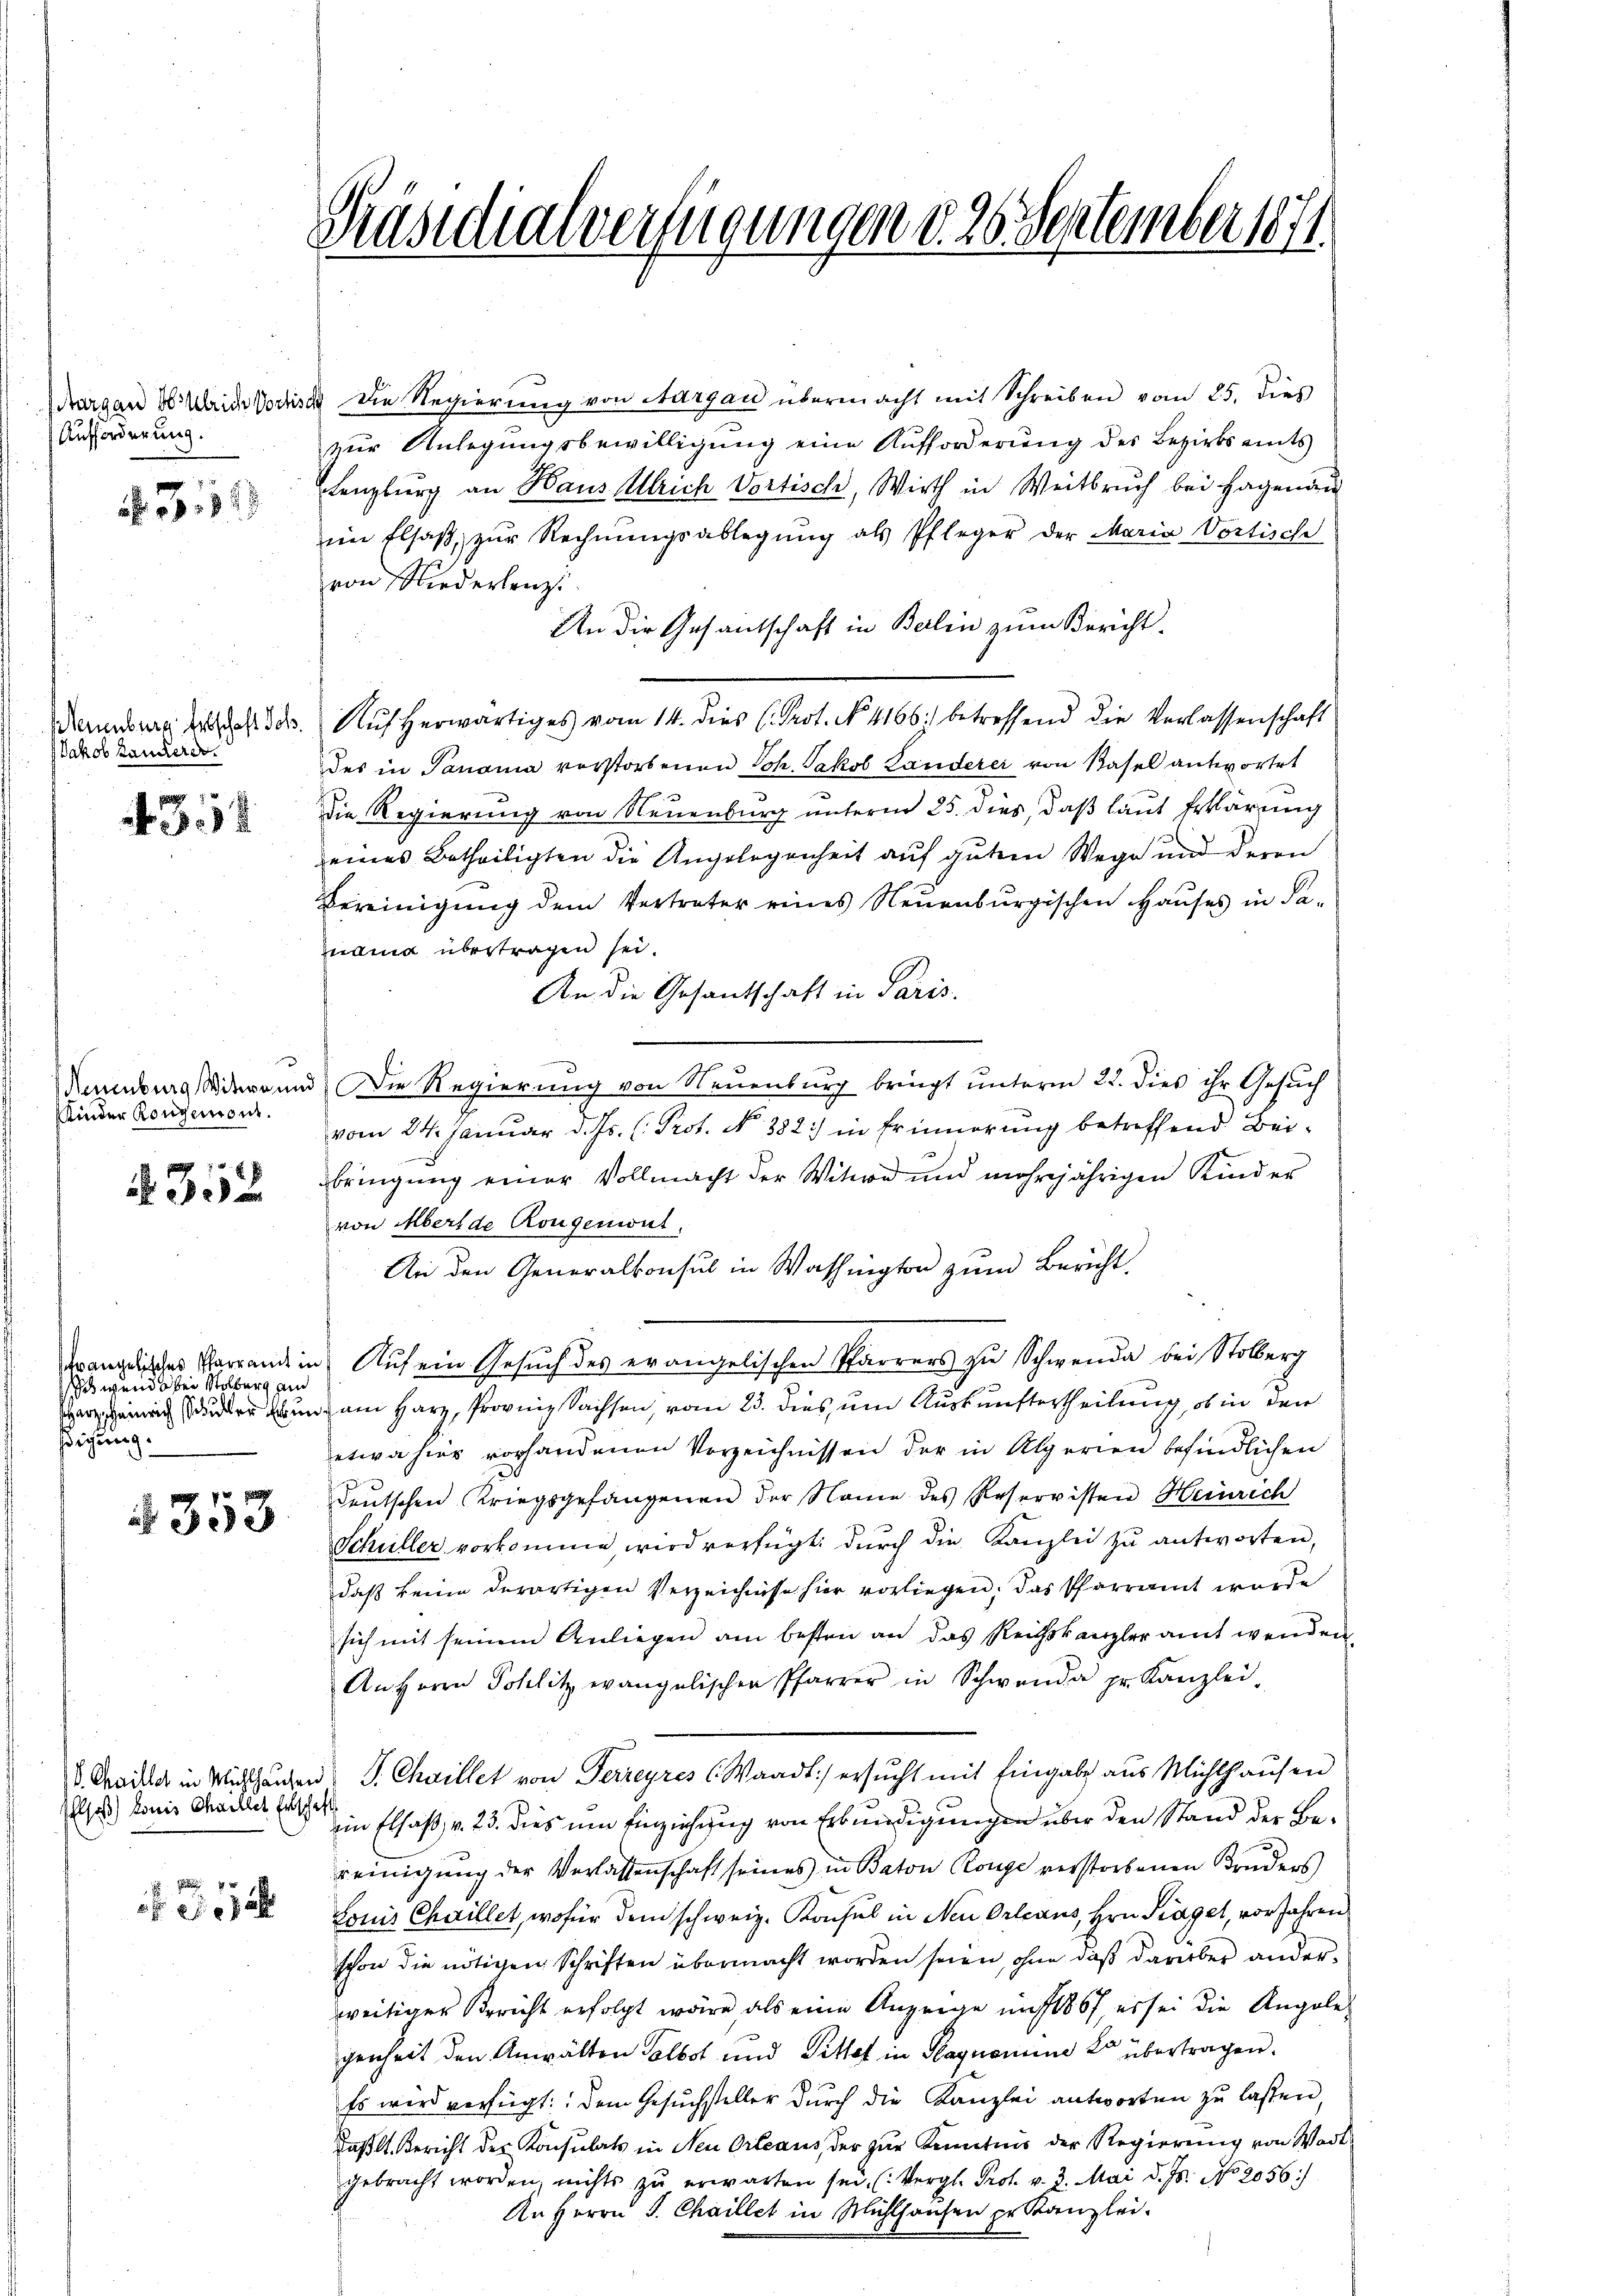
Aargau Sulrich Vortis
Aufforderung.

311

euenburg Erbschaft Joh.
Jakob Landere

3

F
Neuenburg Witwe und
Kinder Kongemont.

352

eswunde bei Stolberg und
ßigung.

4353

Elsaß) konis Chaillet Erbschaft

4 x
 250 a

Präsidialverfügungen d. 26. September 1871

38 die Regierung von Aargau übermacht mit Schreiben vom 25. dies
zur Anlegungsbewilligung eine Aufforderung des Bezirksamts
Lenzburg an Haus Ulrich Vortisch, Wirth in Weitbruch bei Hagenau
im Elsaß, zur Rechnŭngsablegŭng als Pfleger der Maria Vortische
von Niederlenz
An die Gesandtschaft in Berlin zum Bericht-
Aŭf herwärtiges vom 14. dies C. Prot. No. 4166) betreffend die Verlassenschaft
des in Parama vorstorbenen Joh. Jakob Landerei von Basel antwortet
Die Regierung von Neuenburg unterm 25. dies, daß laut Erklärung
eines Betheiligten die Angelegenheit auf gutem Wege und deren
Bereinigung dem Vertreter eines Neuenburgischen Haŭses in Sa-
uama übertragen sei.
An die Gesandschaft in Paris.
Die Regierung von Neuenburg bringt unterm 22. dies ihr Gesŭch
vom 24. Januar d. Js. (: Prot. No 382.) in Erinnerung betreffend Beibringung einer Vollmacht der Witwe und mehrjährigen Kinder
von Übersde Rougenwut,
An den Generalkonsul in Washington zum Bericht
tcanzliches Vorrand in Auf ein Gesuch des erangelischen Parrers zu Schwende bei Stobberg
arii der und am Harz, Provinz Sachsen, vom 23. dies, um Auskunftertheilung, ob in den
etwa hier vorhandenen Vorzeichnissen der in Alperien befindlichen
deutschen Kriegsgefangenen der Name des Reservisten Heinrich
Schüller vorkomme, wird verfügt, durch die Kanzlei zu antworten,
daß keine derartigen Verzeichnisse hier vorliegen, das Pfarramt wurde
sich mit seinem Anliegen am besten an das Reichskanzleramt wenden
An Herrn Sohlitz evangelischen Pfarrer in Schwende pr. Kanzlei-
. Thailler in Wichthausen P. Chaillet von Terzeyres (Waadt) ersucht mit Eingabe aus Michthaŭsen
ein Elsaß v. 23. dies um Einziehung von Erkundigungen über den Stand der Bereinigung der Verlassenschaft seines in Baton Ronge verstorbenen Bruders
Louis Chorillet, wofür dem schweiz. Konsul in Neu Orleans, Hrn. Fragel, vor Jahren
schon die nötigen Schriften übermacht worden seien, ohne daß darüber anderweitiger Bericht erfolgt wäre, als eine Anzeige in 1867, es sei die Angelegenheit den Anwälten Selbst und Pittet in Hagnomine Er übertragen.
Es wird verfügt: Dem Gesuchsteller durch die Kanzlei antworten zu lassen,
Kaßlt. Bericht der Konsulats in Neu Orleaus, der zur Kenntnis der Regierung von Wadtgebracht worden, nichts zu erwarten sei. (Vergl. Prof. v. 3. Mai d. Js. No. 2056/
An Herrn J. Chaillet in Mühlhausen pr Kanzlei.